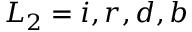
L _ { 2 } = i , r , d , b